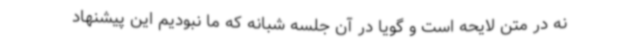
نه در متن لایحه است و گویا در آن جلسه شبانه که ما نبودیم این پیشنهاد